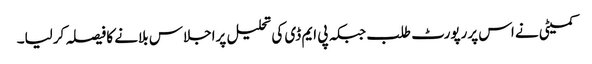
کمیٹی نے اس پررپورٹ طلب جبکہ پی ایم ڈی کی تحلیل پراجلاس بلانے کا فیصلہ کرلیا۔